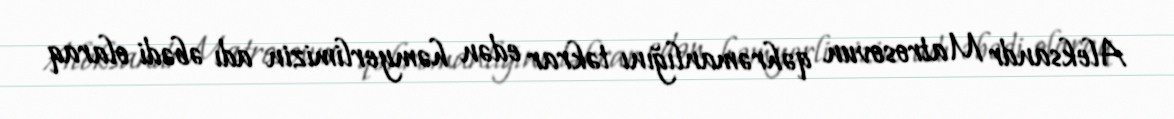
Aleksandr Matrosovun qəhrəmanlığını təkrar edən həmyerlimizin adı əbədi olaraq